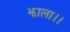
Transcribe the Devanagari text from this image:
झाला।।